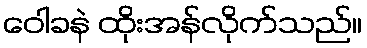
ဝေါခနဲ ထိုးအန်လိုက်သည်။